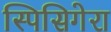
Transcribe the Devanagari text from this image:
स्पिसिगेरा